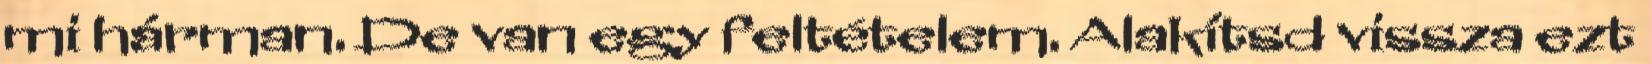
mi hárman. De van egy feltételem. Alakítsd vissza ezt